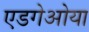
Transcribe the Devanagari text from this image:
एडगेओया